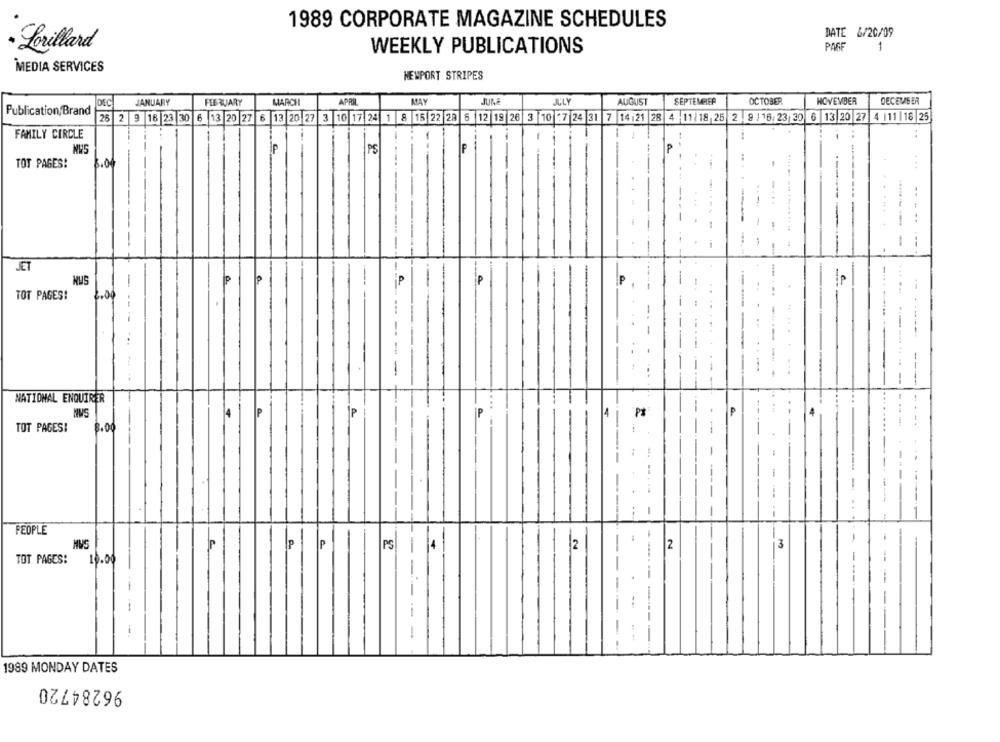
1989 CORPORATE MAGAZINE SCHEDULES
DATE 6/20/09
· Lorillard
WEEKLY PUBLICATIONS
PAGE
1
MEDIA SERVICES
NEWPORT STRIPES
JANUARY
FEBRUARY
MARCH
APRIL
MAY
JULY
AUGUST
SEPTEMBER
OCTOBER
NOVEMBER
DECEMBER
Publication/Brand
DEC
26 2 9 16 23 30 6 13 20 27 6 13 20 27 3 10 17 24 1 8 15 22 29 5 12 19 26 3 10 27 24 31 7 14:21 28 4 11/18 25 2 9 / 16:23 30 6 13 20 27 4 |11 |18 25
-
FAMILY CIRCLE
PS
IP
P
TOT PAGES!
-
---
.. . .
1
.....
-
-
--
.....
-
-
...
-
-
JET
+
-..
IP
P
P
P
-
Ip
----
TOT PAGES!
.... ...
--
1
...
- .
...
1
...
------
--
NATIONAL ENQUIRER
MUS
4
P
P
P
TOT PAGES!
8.00
--
PEOPLE
IP
IP
P
PS
2
-
2
3
TOT PAGES:
10.00
-
--
1
1989 MONDAY DATES
96284720